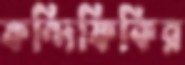
ফন্দিফিকির